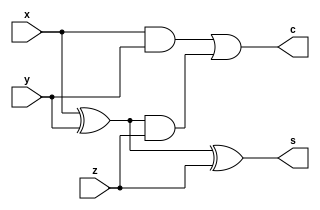
	module fulladder(x,y,z,c,s); 
		input x,y,z; 
		output c,s; 
		assign c=x&y|(x^y)&z ; 
		assign s=x^y^z; 
	endmodule

	module test; 
		reg x1,y1,z1; 
		wire c1,s1; 
		fulladder h1(x1,y1,z1,c1,s1); 
		
		initial begin
 			$dumpfile("fulladd.vcd"); 
			$dumpvars(0,test);
			 $display("X\tY\tZ\tC\tS"); 
			 $monitor("%b\t%b\t%b\t%b\t%b",x1,y1,z1,c1,s1); 
				x1=0; y1=0;z1=0; 
				#10; 
				x1=0; y1=0;z1=1; 
				#10; 
				x1=0; y1=1;z1=0; 
				#10; 
				x1=0; y1=1;z1=1; 
				#10; 
				x1=1; y1=0;z1=0; 
				#10; 
				x1=1; y1=0;z1=1; 
				#10; 
				x1=1; y1=1;z1=0; 
				#10; 
				x1=1; y1=1;z1=1; 
				#10; 
				$finish; 
		end 
	endmodule